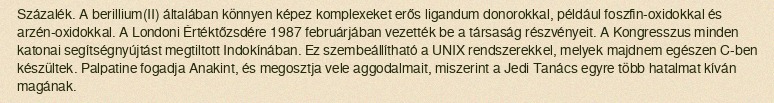
Százalék. A berillium(II) általában könnyen képez komplexeket erős ligandum donorokkal, például foszfin-oxidokkal és arzén-oxidokkal. A Londoni Értéktőzsdére 1987 februárjában vezették be a társaság részvényeit. A Kongresszus minden katonai segítségnyújtást megtiltott Indokínában. Ez szembeállítható a UNIX rendszerekkel, melyek majdnem egészen C-ben készültek. Palpatine fogadja Anakint, és megosztja vele aggodalmait, miszerint a Jedi Tanács egyre több hatalmat kíván magának.